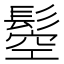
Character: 𩭴